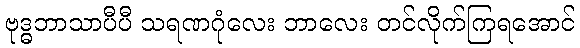
ဗုဒ္ဓဘာသာပီပီ သရဏဂုံလေး ဘာလေး တင်လိုက်ကြရအောင်